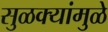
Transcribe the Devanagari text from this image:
सुळक्यांमुळे